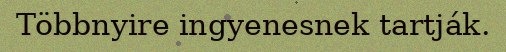
Többnyire ingyenesnek tartják.